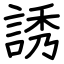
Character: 誘